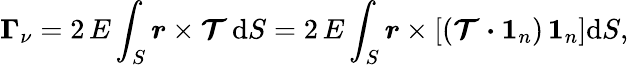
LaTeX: \boldsymbol{\Gamma}_{\nu}=2\, E\int_{S}\boldsymbol{r}\times\boldsymbol{\mathcal{T}}\, \mathrm{d}S=2\, E\int_{S}\boldsymbol{r}\times\left[(\boldsymbol{\mathcal{T}}\boldsymbol{\cdot}\boldsymbol{1}_{n})\, \boldsymbol{1}_{n}\right]\mathrm{d}S,